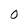
Character: O